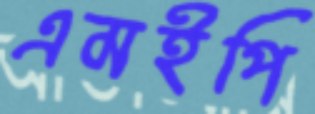
এমইপি